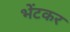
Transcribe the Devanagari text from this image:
भेंटकर